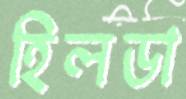
হিলডা